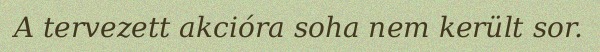
A tervezett akcióra soha nem került sor.